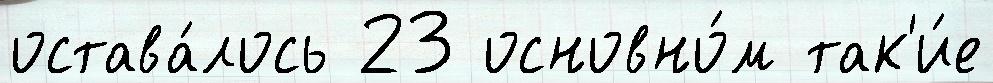
остава́лось 23 основно́м так'и́е